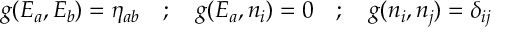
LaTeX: g ( E _ { a } , E _ { b } ) = { \eta } _ { a b } \quad ; \quad g ( E _ { a } , n _ { i } ) = 0 \quad ; \quad g ( n _ { i } , n _ { j } ) = { \delta } _ { i j }